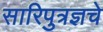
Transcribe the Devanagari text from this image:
सारिपुत्रज्ञचे